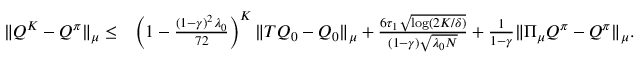
\begin{array} { r l } { \| Q ^ { K } - Q ^ { \pi } \| _ { \mu } \leq } & { \left( 1 - \frac { ( 1 - \gamma ) ^ { 2 } \lambda _ { 0 } } { 7 2 } \right) ^ { K } \| T Q _ { 0 } - Q _ { 0 } \| _ { \mu } + \frac { 6 \tau _ { 1 } \sqrt { \log ( 2 K / \delta ) } } { ( 1 - \gamma ) \sqrt { \lambda _ { 0 } N } } + \frac { 1 } { 1 - \gamma } \| \Pi _ { \mu } Q ^ { \pi } - Q ^ { \pi } \| _ { \mu } . } \end{array}